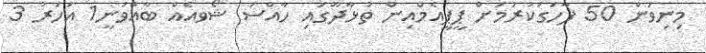
މިނިވަން 50 ފާހަގަކުރުމަށް ޕީޕީއެމްއިން ތުޅާދޫގައި ހާއްސަ ޝޯވއެއް ބާއްވަނީ1 އަހަރު 3